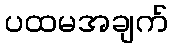
ပထမအချက်